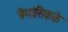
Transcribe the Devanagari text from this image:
त्रैमासिकके